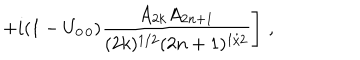
LaTeX: \left. + i ( 1 - U _ { 0 \, 0 } ) \frac { A _ { 2 k } A _ { 2 n + 1 } } { ( 2 k ) ^ { 1 / 2 } ( 2 n + 1 ) ^ { 1 / 2 } } \right] \, ,